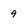
Character: 9